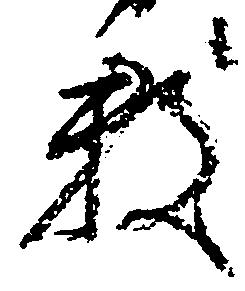
数